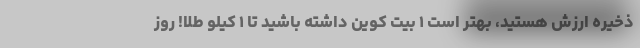
ذخیره ارزش هستید، بهتر است ۱ بیت کوین داشته باشید تا ۱ کیلو طلا! روز